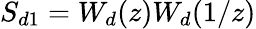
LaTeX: S_{d1}=W_{d}(z)W_{d}(1/z)